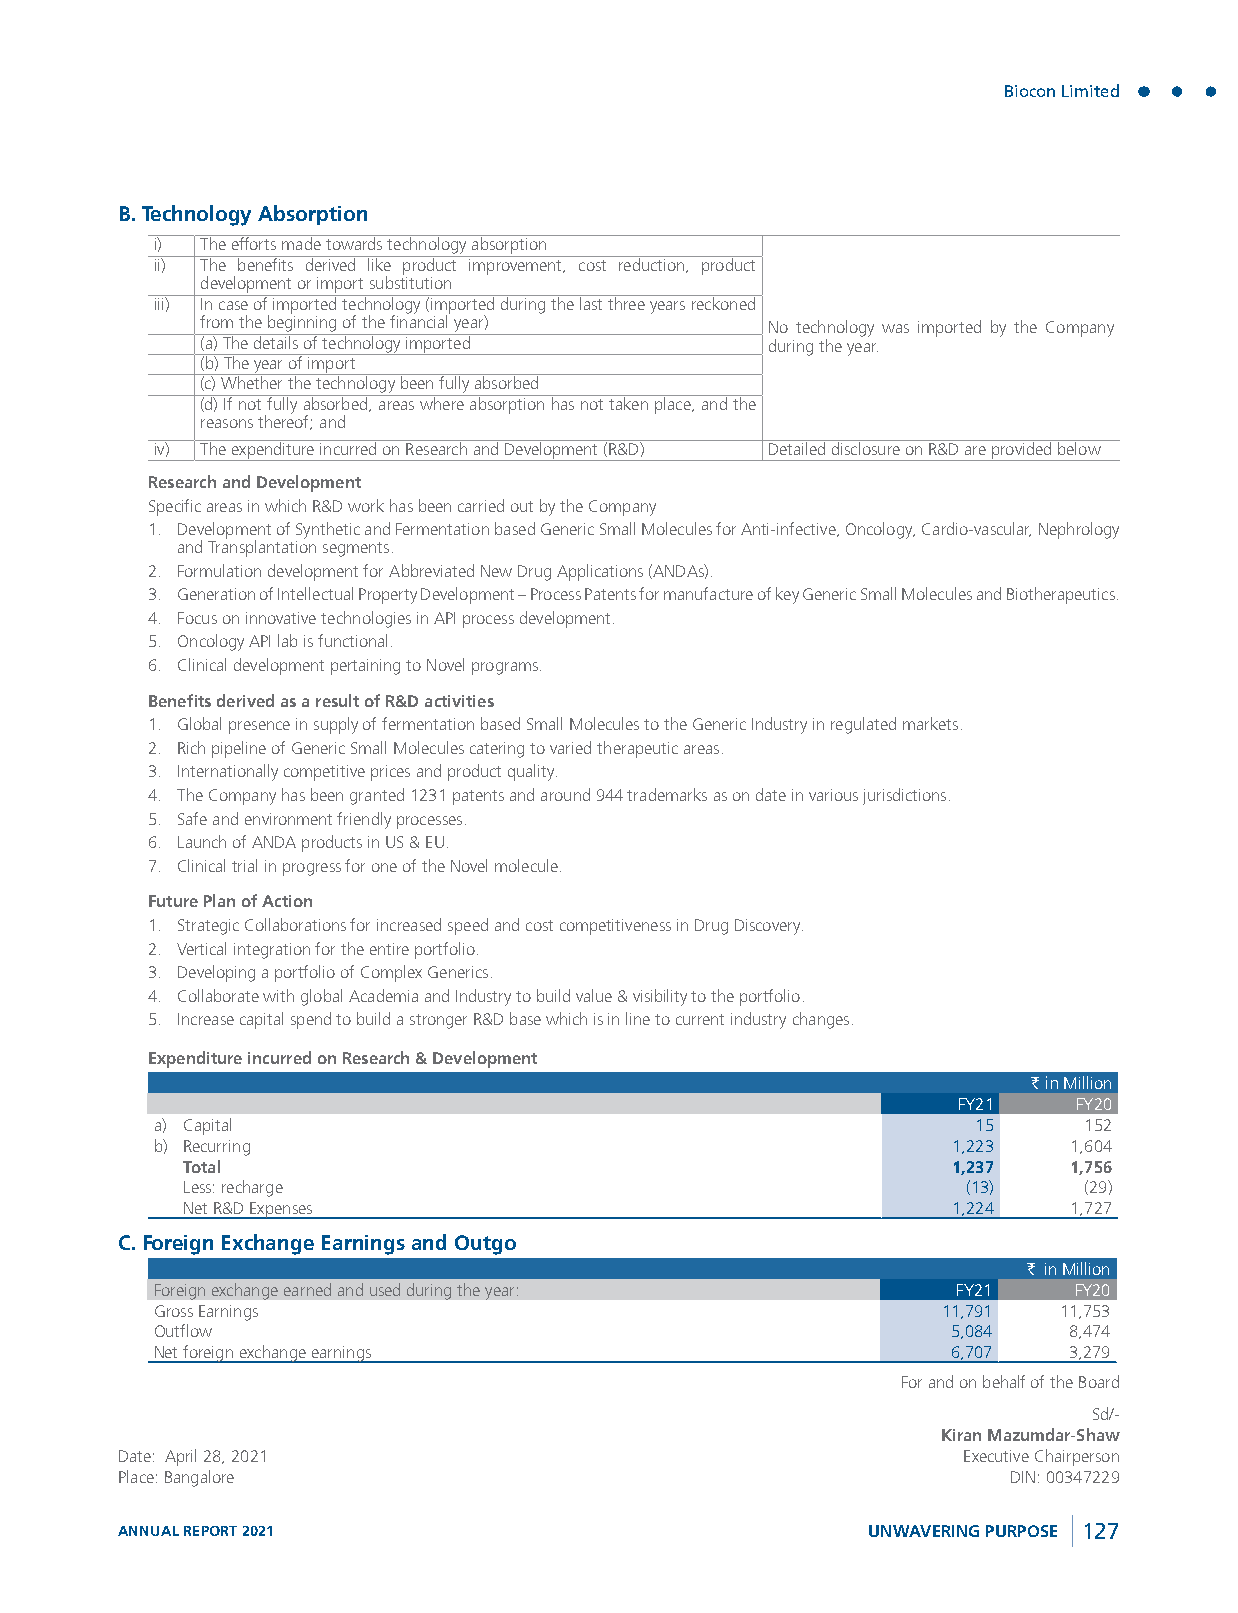
Biocon Limited
 B. Technology Absorption
 i) The efforts made towards technology absorption
 ii) The benefits derived like product improvement, cost reduction, product
 development or import substitution
 iii) In case of imported technology (imported during the last three years reckoned
 from the beginning of the financial year) No technology was imported by the Company
 (a) The details of technology imported during the year.
 (b) The year of import
 (c) Whether the technology been fully absorbed
 (d) If not fully absorbed, areas where absorption has not taken place, and the
 reasons thereof; and
 iv) The expenditure incurred on Research and Development (R&D) Detailed disclosure on R&D are provided below
 Research and Development
 Specific areas in which R&D work has been carried out by the Company
 1. Development of Synthetic and Fermentation based Generic Small Molecules for Anti-infective, Oncology, Cardio-vascular, Nephrology
 and Transplantation segments.
 2. Formulation development for Abbreviated New Drug Applications (ANDAs).
 3. Generation of Intellectual Property Development – Process Patents for manufacture of key Generic Small Molecules and Biotherapeutics.
 4. Focus on innovative technologies in API process development.
 5. Oncology API lab is functional.
 6. Clinical development pertaining to Novel programs.
 Benefits derived as a result of R&D activities
 1. Global presence in supply of fermentation based Small Molecules to the Generic Industry in regulated markets.
 2. Rich pipeline of Generic Small Molecules catering to varied therapeutic areas.
 3. Internationally competitive prices and product quality.
 4. The Company has been granted 1231 patents and around 944 trademarks as on date in various jurisdictions.
 5. Safe and environment friendly processes.
 6. Launch of ANDA products in US & EU.
 7. Clinical trial in progress for one of the Novel molecule.
 Future Plan of Action
 1. Strategic Collaborations for increased speed and cost competitiveness in Drug Discovery.
 2. Vertical integration for the entire portfolio.
 3. Developing a portfolio of Complex Generics.
 4. Collaborate with global Academia and Industry to build value & visibility to the portfolio.
 5. Increase capital spend to build a stronger R&D base which is in line to current industry changes.
 Expenditure incurred on Research & Development
 ` in Million
 FY21    FY20
 a) Capital                                             15     152
 b) Recurring                                         1,223   1,604
 Total                                              1,237   1,756
 Less: recharge                                      (13)    (29)
 Net R&D Expenses                                   1,224   1,727
 C. Foreign Exchange Earnings and Outgo
 ` in Million
 Foreign exchange earned and used during the year:    FY21    FY20
 Gross Earnings                                      11,791  11,753
 Outflow                                              5,084   8,474
 Net foreign exchange earnings                        6,707   3,279
 For and on behalf of the Board
 Sd/-
 Kiran Mazumdar-Shaw
 Date: April 28, 2021                                    Executive Chairperson
 Place: Bangalore                                           DIN: 00347229
 ANNUAL REPORT 2021                               UNWAVERING PURPOSE 127